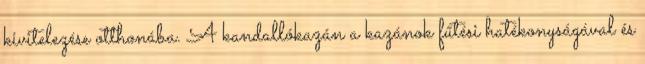
kivitelezése otthonába. A kandallókazán a kazánok fűtési hatékonyságával és